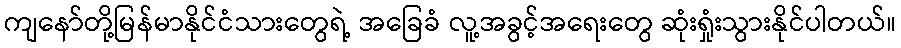
ကျနော်တို့မြန်မာနိုင်ငံသားတွေရဲ့ အခြေခံ လူ့အခွင့်အရေးတွေ ဆုံးရှုံးသွားနိုင်ပါတယ်။